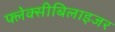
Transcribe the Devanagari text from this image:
फ्लेक्सीबिलाइजर